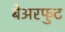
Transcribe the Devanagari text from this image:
बेअरफुट